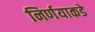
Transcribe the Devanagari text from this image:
निर्णयाकडे